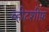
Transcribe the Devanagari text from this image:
व्हीटशीफ़